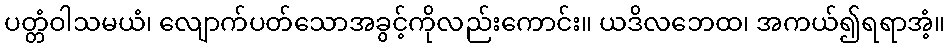
ပတ္တံဝါသမယံ၊ လျောက်ပတ်သောအခွင့်ကိုလည်းကောင်း။ ယဒိလဘေထ၊ အကယ်၍ရရာအံ့။